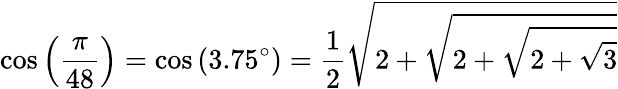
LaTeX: \cos\left({\frac{\pi}{48}}\right)=\cos\left(3.75^{\circ}\right)={\frac{1}{2}}{\sqrt{2+{\sqrt{2+{\sqrt{2+{\sqrt{3}}}}}}}}